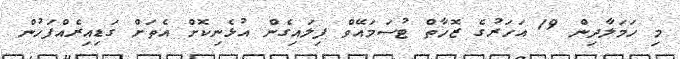
މި ހަމަލާދިން 19 އަހަރުގެ ޒޮހާތް ޓުސަމައޭވް ފިލައިގެން އުޅެނިކޮށް އެތަށް ގަޑިއިރެއްފަހުން